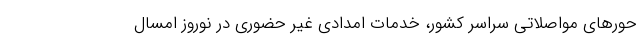
حورهای مواصلاتی سراسر کشور، خدمات امدادی غیر حضوری در نوروز امسال